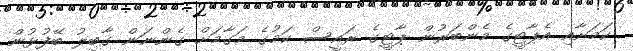
ކަމަށާއި އެޕާޓީގެ މެންބަރުން ޕާޓީގެ ރައީސް ކަމުގެ މަގާމަށް ގެންނަން ގާބިލު ބޭފުޅުން